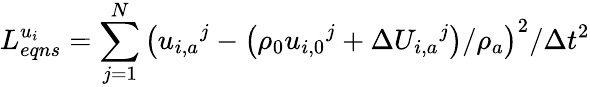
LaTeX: L_{eqns}^{{{u}_{i}}}=\sum_{j=1}^{N}{{{\left({{u}_{i,a}}^{j}-\left({{\rho}_{0}}{{u}_{i,0}}^{j}+\Delta{{U}_{i,a}}^{j}\right)/{{\rho}_{a}}\right)}^{2}}/\Delta{{t}^{2}}}